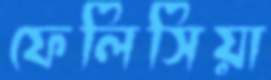
ফেলিসিয়া